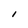
Character: l